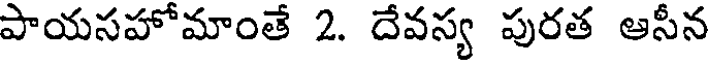
పాయసహోమాంతే 2. దేవస్య పురత ఆసీన